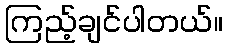
ကြည့်ချင်ပါတယ်။